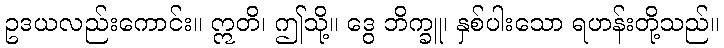
ဥဒယလည်းကောင်း။ ဣတိ၊ ဤသို့။ ဒွေ ဘိက္ခူ၊ နှစ်ပါးသော ရဟန်းတို့သည်။